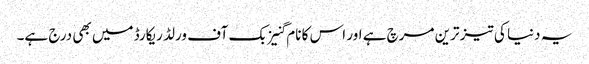
یہ دنیا کی تیز ترین مرچ ہے اور اس کا نام گنیز بک آف ورلڈ ریکارڈ میں بھی درج ہے۔